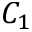
C _ { 1 }